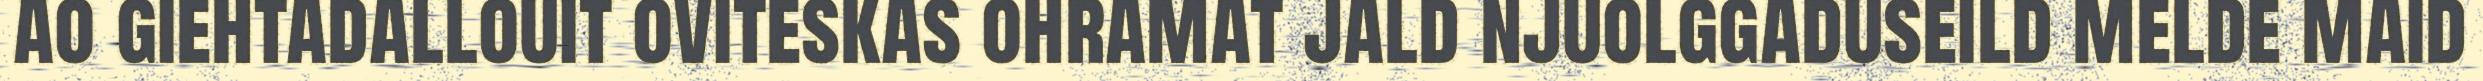
ao giehtadallouit oviteskas ohramat jald njuolggaduseild melde maid